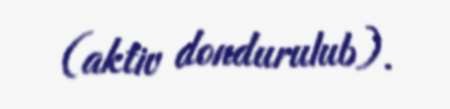
(aktiv dondurulub).